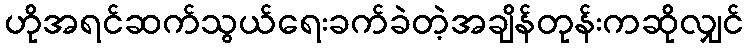
ဟိုအရင်ဆက်သွယ်ရေးခက်ခဲတဲ့အချိန်တုန်းကဆိုလျှင်